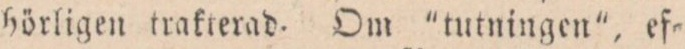
hörligen trakterad. Om ”tutningen”, ef=